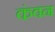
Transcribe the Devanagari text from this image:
कंवन